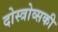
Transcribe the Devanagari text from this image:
दोस्त्रोव्सकी